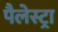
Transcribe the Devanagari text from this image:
पैलेस्ट्रा